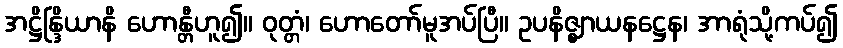
အဋ္ဌိန္ဒြိယာနိ ဟောန္တီဟူ၍။ ဝုတ္တံ၊ ဟောတော်မူအပ်ပြီ။ ဥပနိဇ္ဈာယနဋ္ဌေန၊ အာရုံသို့ကပ်၍